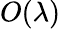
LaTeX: O(\lambda)